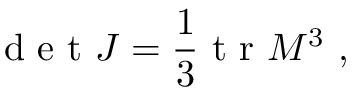
\textrm { d e t } J = \frac { 1 } { 3 } \textrm { t r } M ^ { 3 } \ ,